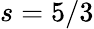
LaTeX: s=5/3